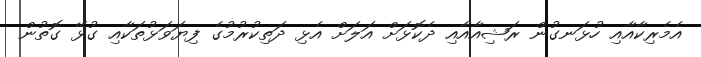
އެމެރިކާއާއި ހުޅަނގުން ރަޝިއާއާއި ދެކޮޅަށް އަލަށް އެޅި ދަތިކުރުމުގެ ފިޔަވަޅުތަކާއި ގުޅޭ ގޮތުން